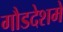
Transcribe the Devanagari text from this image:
गौडदेशमे